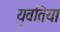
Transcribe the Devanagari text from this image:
युवतिया